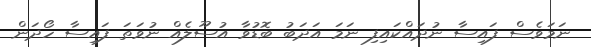
ނަމަވެސް ފައިސާ ނުދައްކައިފި ނަމަ އަދަބު ބޮޑުވާ އުސޫލެއް ނުވަތަ ފައިސާ ހޯދަން